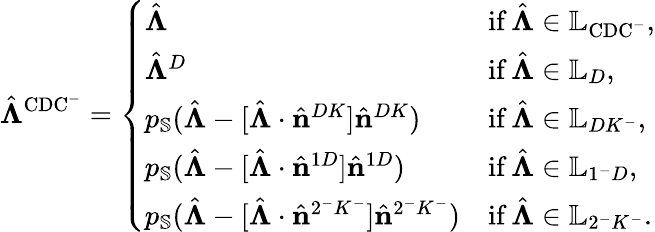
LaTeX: \hat{\boldsymbol{\Lambda}}^{\mathrm{CDC^{-}}}=\left\{ \begin{array}{ll}{\hat{\boldsymbol{\Lambda}}}&{\mathrm{if\, }\hat{\boldsymbol{\Lambda}}\in\mathbb{L}_{\mathrm{CDC^{-}}},}\\ {\hat{\boldsymbol{\Lambda}}^{D}}&{\mathrm{if\, }\hat{\boldsymbol{\Lambda}}\in\mathbb{L}_{D},}\\ {p_{\mathbb{S}}(\hat{\boldsymbol{\Lambda}}-[\hat{\boldsymbol{\Lambda}}\cdot\hat{\mathbf{n}}^{DK}]\hat{\mathbf{n}}^{DK})}&{\mathrm{if\, }\hat{\boldsymbol{\Lambda}}\in\mathbb{L}_{DK^{-}},}\\ {p_{\mathbb{S}}(\hat{\boldsymbol{\Lambda}}-[\hat{\boldsymbol{\Lambda}}\cdot\hat{\mathbf{n}}^{1D}]\hat{\mathbf{n}}^{1D})}&{\mathrm{if\, }\hat{\boldsymbol{\Lambda}}\in\mathbb{L}_{1^{-}D},}\\ {p_{\mathbb{S}}(\hat{\boldsymbol{\Lambda}}-[\hat{\boldsymbol{\Lambda}}\cdot\hat{\mathbf{n}}^{2^{-}K^{-}}]\hat{\mathbf{n}}^{2^{-}K^{-}})}&{\mathrm{if\, }\hat{\boldsymbol{\Lambda}}\in\mathbb{L}_{2^{-}K^{-}}.}\end{array}\right.